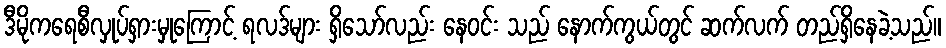
ဒီမိုကရေစီလှုပ်ရှားမှုကြောင့် ရလဒ်များ ရှိသော်လည်း နေဝင်း သည် နောက်ကွယ်တွင် ဆက်လက် တည်ရှိနေခဲ့သည်။